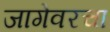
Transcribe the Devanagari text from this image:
जागेवरचा